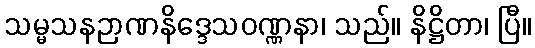
သမ္မသနဉာဏနိဒ္ဒေသဝဏ္ဏနာ၊ သည်။ နိဋ္ဌိတာ၊ ပြီ။